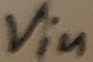
Text: Vin